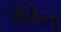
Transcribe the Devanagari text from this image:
जोडेल